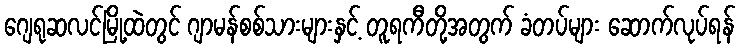
ဂျေရုဆလင်မြို့ထဲတွင် ဂျာမန်စစ်သားများနှင့် တူရကီတို့အတွက် ခံတပ်များ ဆောက်လုပ်ရန်